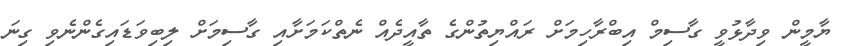
ޔާމީން ވިދާޅުވީ ގާސިމް އިބްރާހިމަށް ރައްޔިތުންގެ ތާއީދެއް ނެތްކަމަށާއި ގާސިމަށް ލިބިވަޑައިގެންނެވި ގިނަ